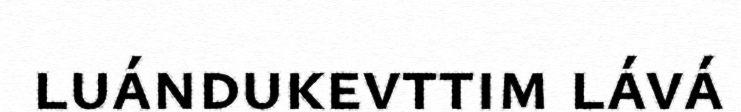
luándukevttim lává